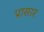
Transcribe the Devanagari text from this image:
प्रासार